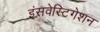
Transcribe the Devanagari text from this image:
इंसवेस्टिगेशन